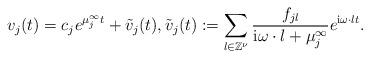
LaTeX: \begin{align*}v_j(t)=c_j e^{\mu_j^{\infty} t}+\tilde{v}_j(t), \tilde{v}_j(t):=\sum_{l\in\mathbb{Z}^{\nu}} \frac{f_{j l}}{\mathrm{i} \omega\cdot l+\mu_j^{\infty}} e^{\mathrm{i} \omega\cdot l t}.\end{align*}